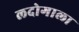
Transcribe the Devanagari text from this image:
लदोगाला